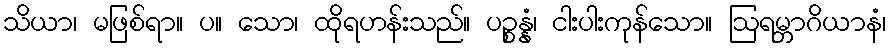
သိယာ၊ မဖြစ်ရာ။ ပ။ သော၊ ထိုရဟန်းသည်။ ပဉ္စန္နံ၊ ငါးပါးကုန်သော။ ဩရမ္ဘာဂိယာနံ၊